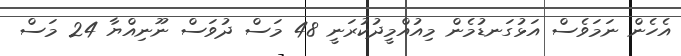
އެހެން ނަމަވެސް އަޅުގަނޑުމެން މިއުއްމީދުކުރަނީ 48 މަސް ދުވަސް ނޫނިއްޔާ 24 މަސް